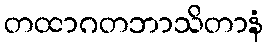
တထာဂတဘာသိတာနံ